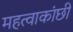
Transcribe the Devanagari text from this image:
महत्वाकांछी